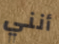
أنني